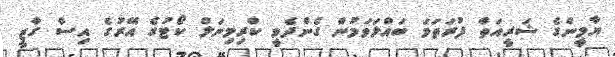
ޔާމީންގެ ޝަރީއަތް ފުރަތަމަ ބައްލަވަމުން ގެންދެވީ ކްރިމިނަލް ކޯޓުގެ އޭރުގެ އިސް ގާޒީ